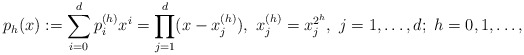
\begin{align*} p_h(x):=\sum_{i=0}^dp_i^{(h)}x^i=\prod_{j=1}^d(x-x_j^{(h)}),~x_j^{(h)}=x_j^{2^h},~j=1,\dots,d;~h=0,1,\dots,\end{align*}